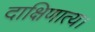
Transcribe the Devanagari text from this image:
दाक्षिणात्य।